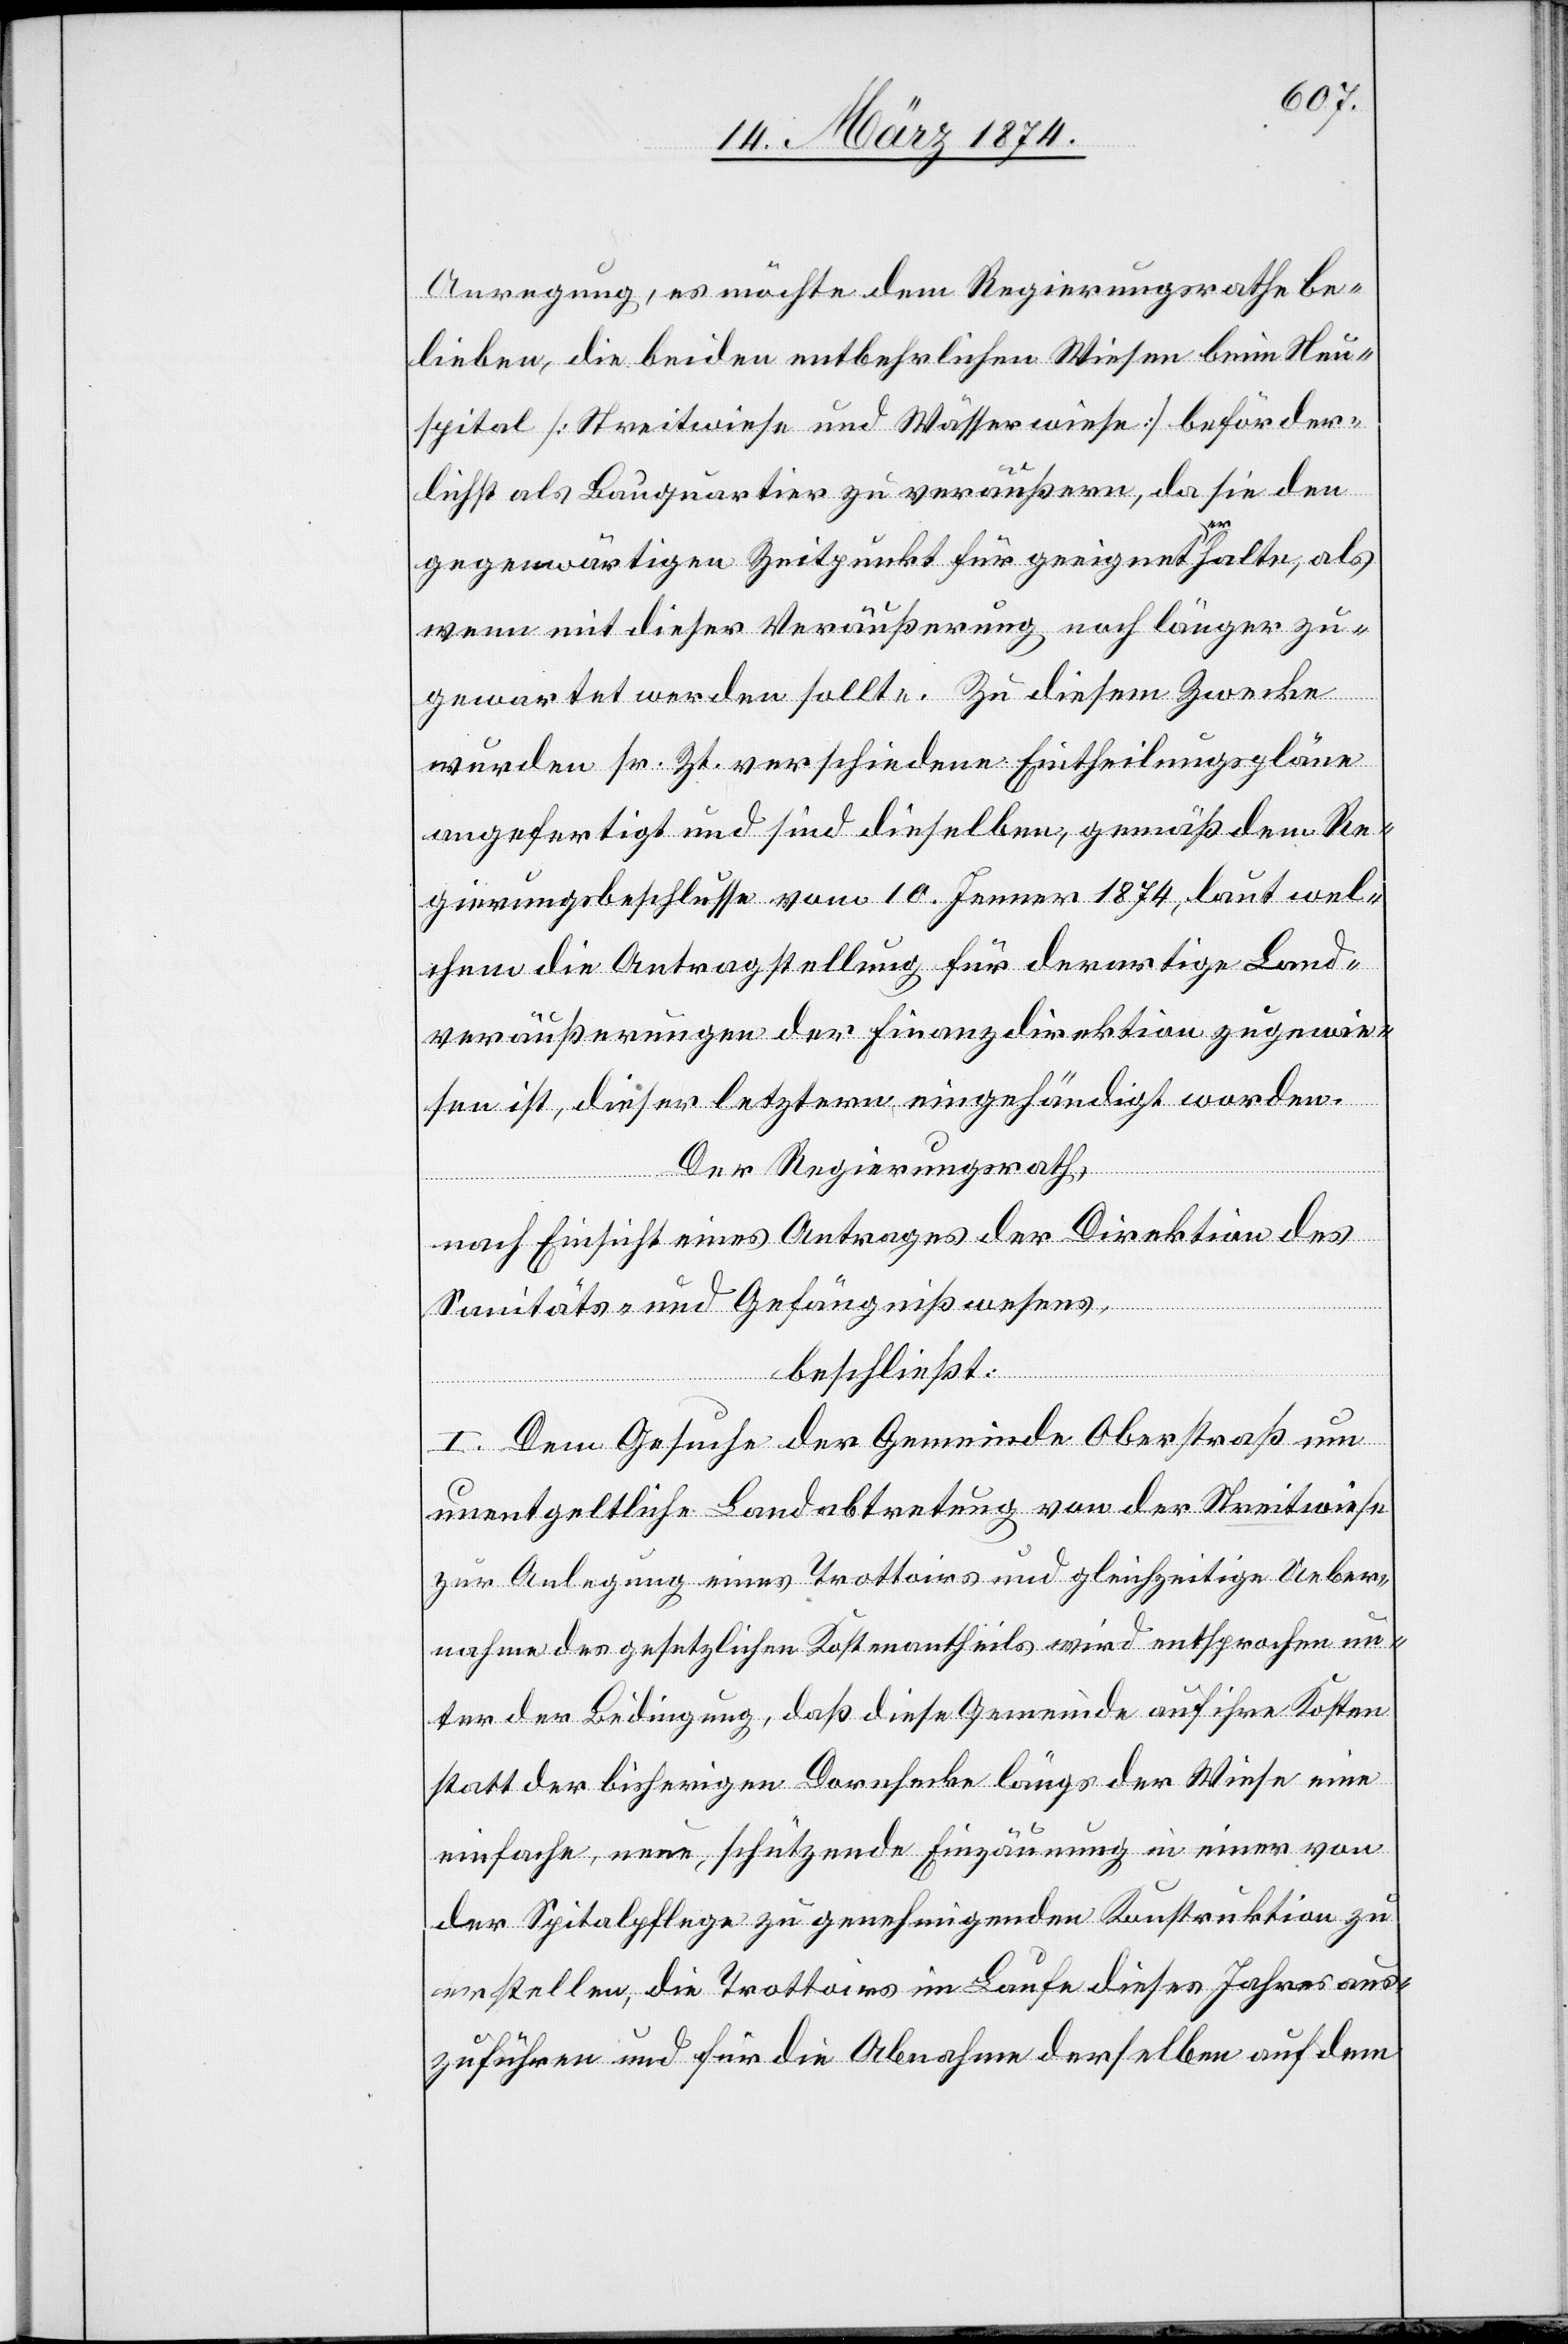
spital
Anregung, es möchte dem Regierungsrathe be¬
lieben, die beiden entbehrlichen Wiesen beim Neu¬
gegenwärtigen Zeitpunkt für geeigneter halte, als
wenn mit dieser Veräußerung noch länger zu¬
gewartet werden sollte. Zu diesem Zwecke
wurden sr. Zt. verschiedene Eintheilungspläne
angefertigt und sind dieselben, gemäß dem Re¬
gierungsbeschlusse vom 10. Jenner 1874, laut wel¬
chem die Antragstellung für derartige Land¬
veräußerungen der Finanzdirektion zugewie¬
sen ist, dieser letztern eingehändigt worden.
Der Regierungsrath,
nach Einsicht eines Antrages der Direktion des
Sanitäts- und Gefängnißwesens,
beschließt:
I. Dem Gesuche der Gemeinde Oberstraß um
unentgeltliche Landabtretung von der Streitwiese
zur Anlegung eines Trottoirs und gleichzeitige Ueber¬
nahme des gesetzlichen Kostenantheils wird entsprochen un¬
ter der Bedingung, daß diese Gemeinde auf ihre Kosten
statt der bisherigen Dornhecke längs der Wiese eine
einfache, neue, schützende Einzäunung in einer von
der Spitalpflege zu genehmigenden Konstruktion zu
erstellen, die Trottoirs im Laufe dieses Jahres aus¬
zuführen und für die Abnahme derselben auf dem